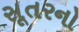
સૂતરનો